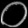
Digit: ၀